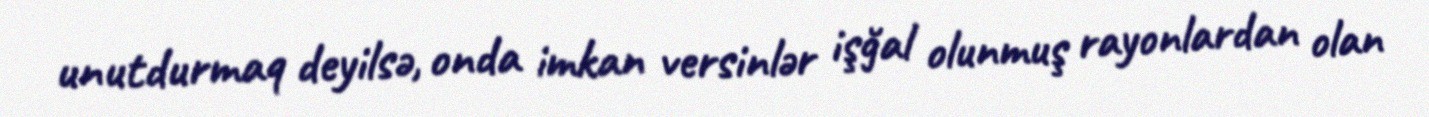
unutdurmaq deyilsə, onda imkan versinlər işğal olunmuş rayonlardan olan